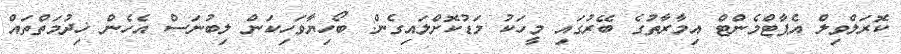
ކޮރަލްވިލް އެޕާޓްމެންޓް އިމާރާތުގެ ބޭރުގައި މީހަކު މަޑުކޮށްލައިގެން: ބޯހިޔާވަހިކަން ލިބުނަސް އެހެން ޚިދުމަތްތައް